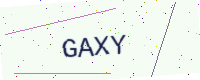
Text: GAXY